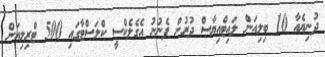
ދުނިޔެއާ 10 ބިލިއަން ލައިޓްއިޔާސް ދުރުން ފެނުނު އެގެލެކްސީ ކްލަސްޓާގައި 500 ޓްރިލިއަން